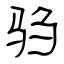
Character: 驺